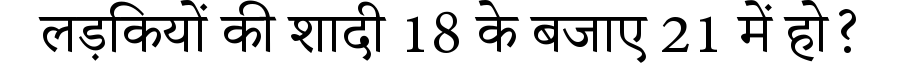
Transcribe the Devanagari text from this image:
लड़कियों की शादी 18 के बजाए 21 में हो?